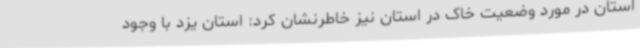
استان در مورد وضعیت خاک در استان نیز خاطرنشان کرد: استان یزد با وجود